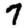
Digit: 7